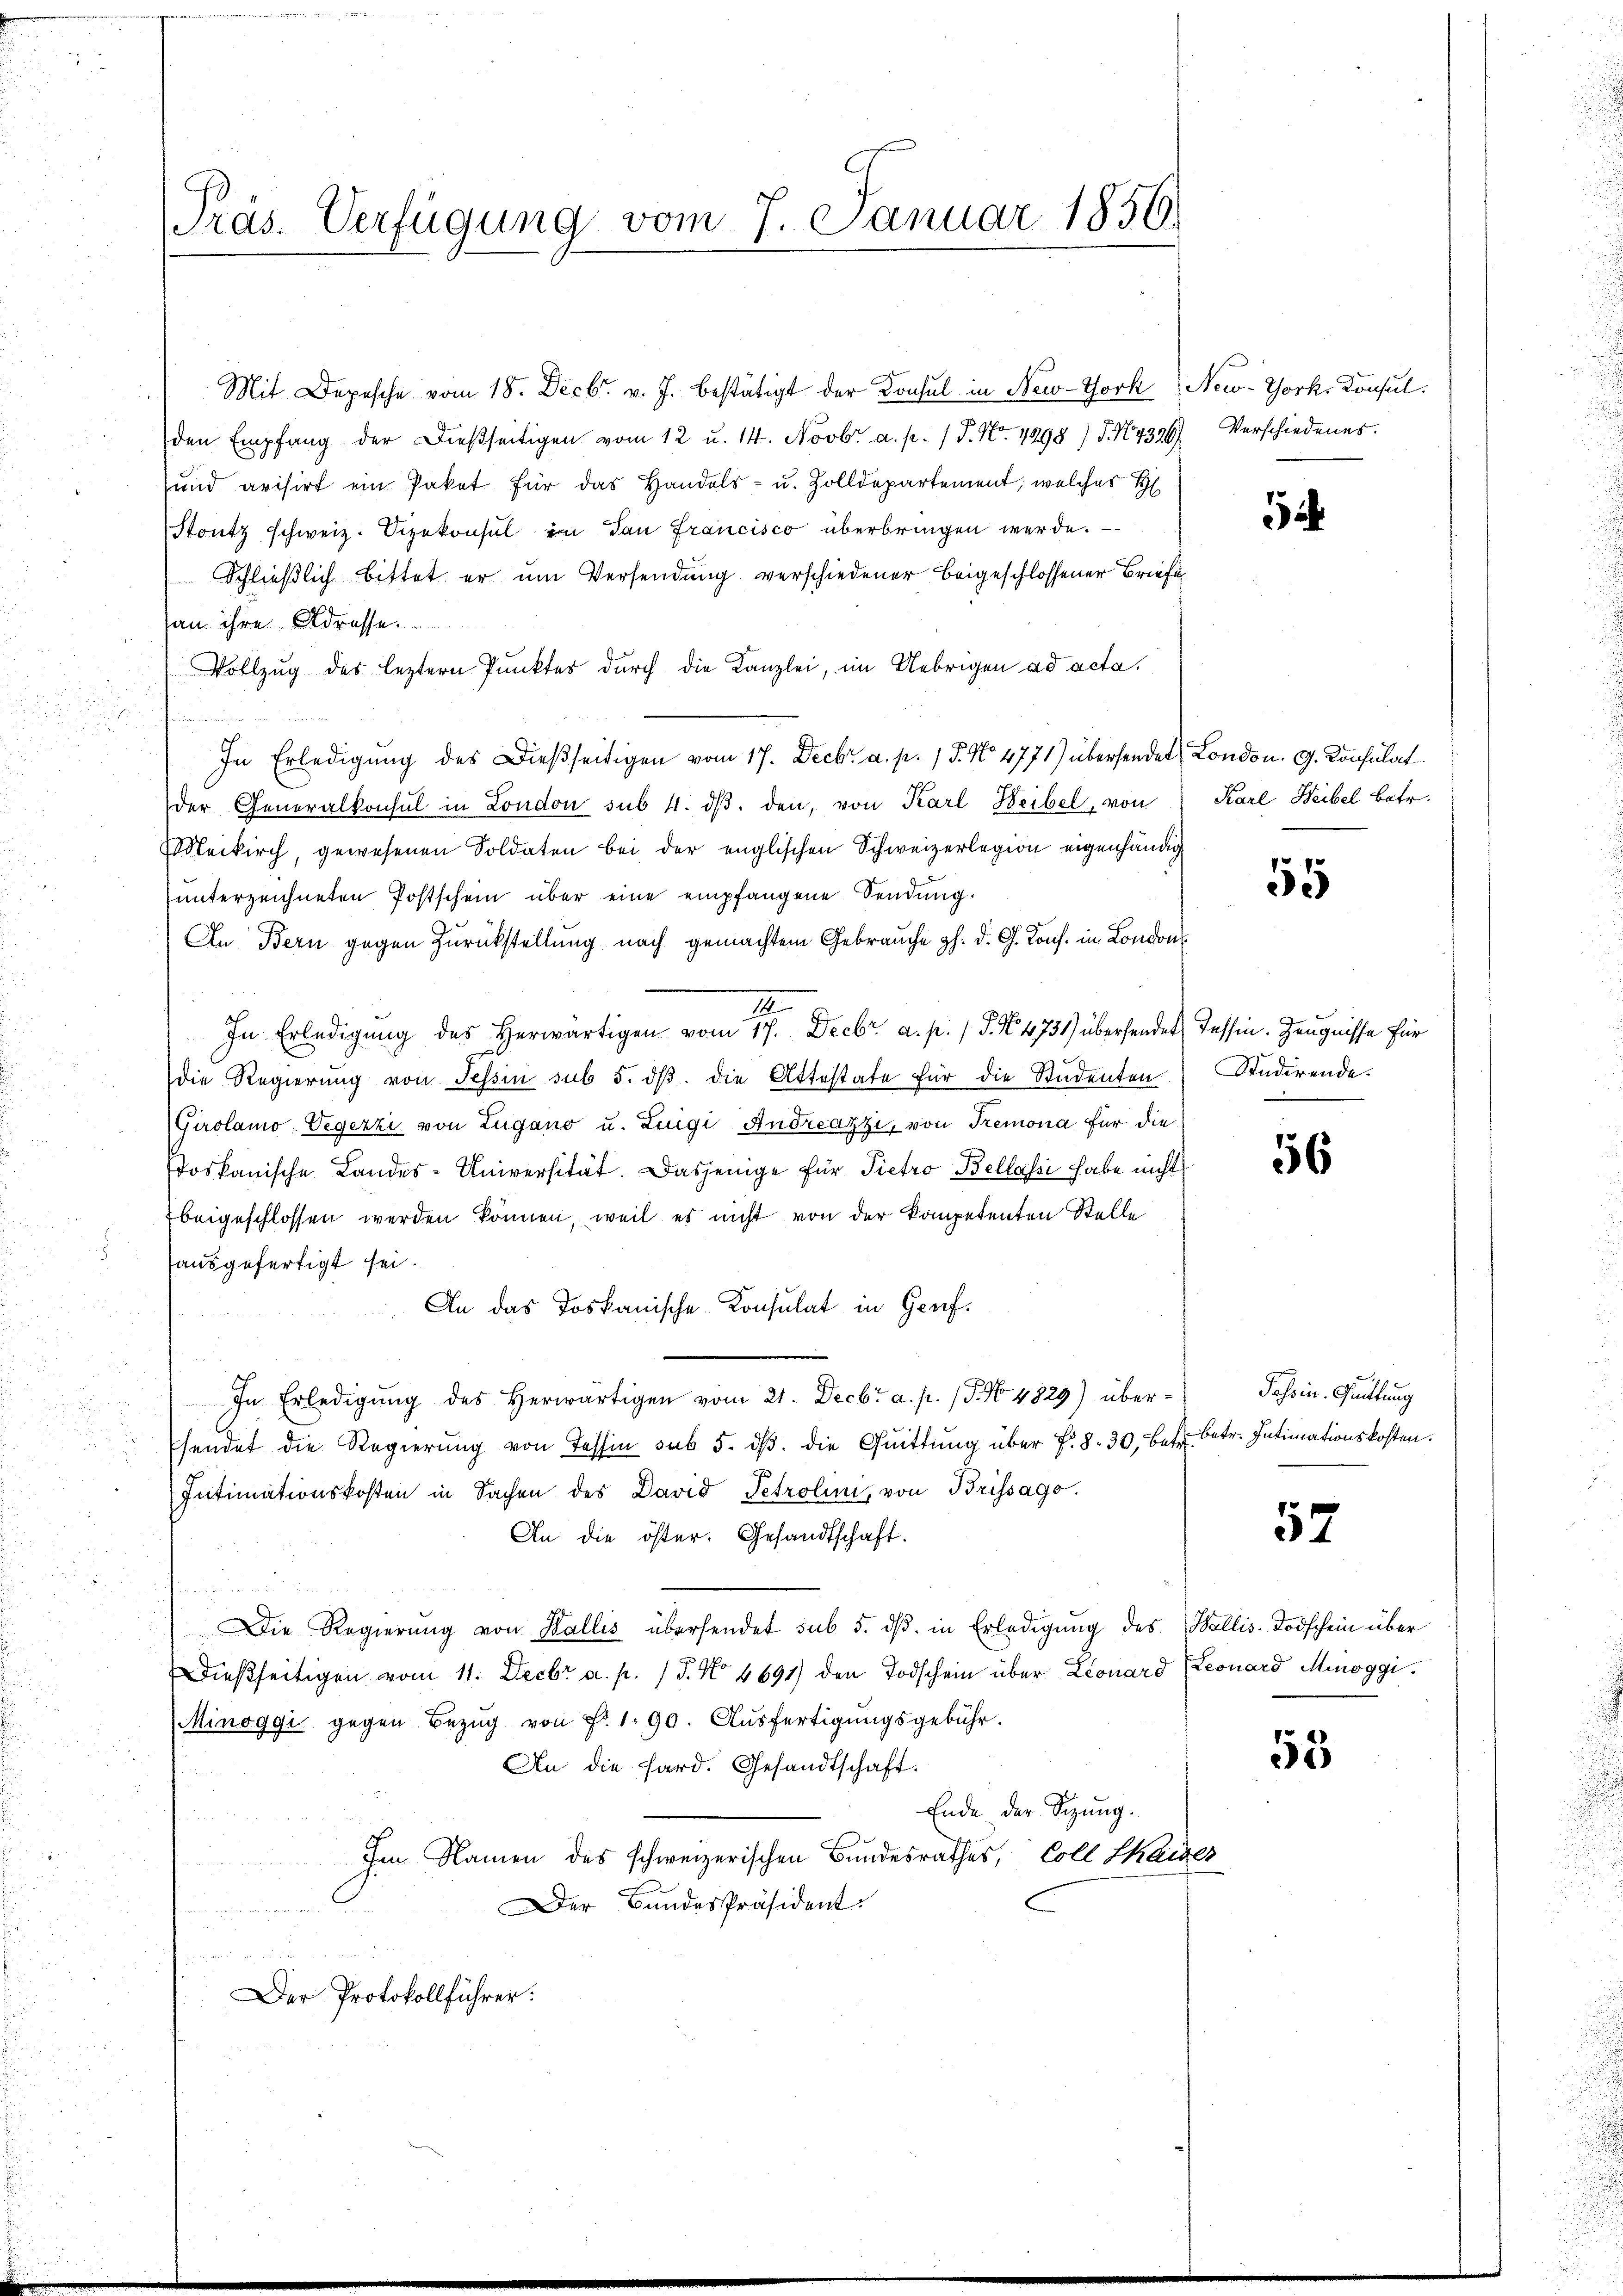
Präs. Verfügung vom 7. Januar 1856.

Mit Depesche vom 18. Decbr. v. J. bestätigt der Konsul in New-York New-York, Konsul
den Empfang der dießseitigen vom 12 u. 14. Novbr. a. p. 1 P. Nr. 4898) S. 14396) Verschiedenes.
und avisirt ein Paket für das Handels- u. Zolldepartement, welches H
Stoutz schweiz. Sizekonsul in dan Francisco überbringen werde.
Schließlich bittet er um Versendung verschiedener beigeschlossener Briefe
an ihre Adresse
Vollzug des leztern Punktes durch die Kanzlei, im Uebrigen ad acta,
In Erledigung des Dießseitigen vom 17. Decbr. a. p. 15. No 4771) übersendet, London. G. Konsulat
der Generalkonsul in London sub 4. dβ. den, von Karl Beibel, von
laikirch, gewesenen Soldaten bei der englischen Schweizerlegion eigenhändig
ŭnterzeichneten Postschein über eine empfangene Sendung.
An Bern gegen Zurückstellung nach gemachtem Gebrauche z. d. G. Kons. in London
I
In Erledigŭng des herwärtigen vom 17. Decbr. a. p. 1 S. N. 4731) übersendet Tessin. Zeugnisse für
die Regierŭng von Tessin sub 5. dβ. die Attestate für die Studenten
Girolamo Vegezzi von Zugano u. Luigi Andreazzi, von Tremona für die
doskanische Landes-Universität. Dasjenige für Pietro Bellassi habe nicht
Ebeigeschlossen werden können, weil es nicht von der kompetenten Stelle
 ausgefertigt sei.
An das Toskanische Konsulat in Gruf¬
In Erledigung des Herwärtigen vom 21. Decbr a. p. P. No 4829) über¬
.
hendet die Regierŭng von Tessin sub 5. dβ. die Quittung über P. 8. 30. betr. Betr. Intimationskosten.
a
Intimationskosten in Sachen des David Petrolini, von Brissago.
An die öster. Gesandtschaft.
Die Regierŭng von Wallis übersendet sub 5. dβ. in Erledigung des Wallis-Todschein über
Dießseitigen vom 11. Decbr a. p. / 5. No 4691) den Todschein über Leonard Leonard Minoggi
Minoggi gegen Bezŭg von Fr. 1. 90. Aŭsfertigŭngsgebühr.
An die Sard. Gesandtschaft.
Ende der Sitzung.
Im Namen des schweizerischen Bundesrathes, Coll Chais
Der Bandespräsident.
Der Protokollführer:

5

Karl Heibel betr.

55

Studirende.
e

56

Passin. Guittung

52

29

53